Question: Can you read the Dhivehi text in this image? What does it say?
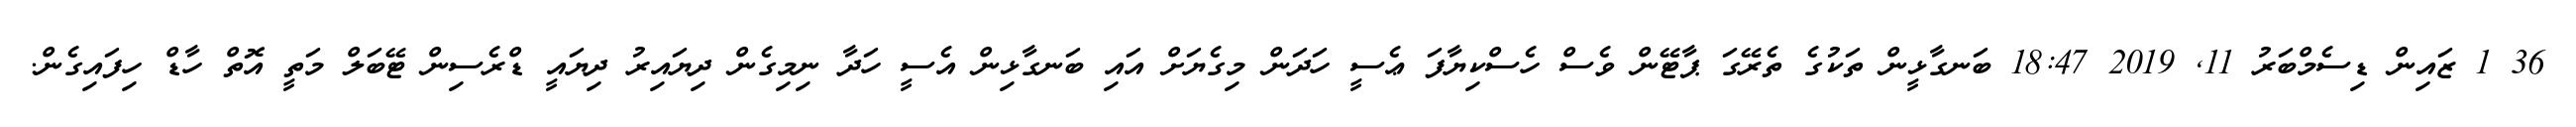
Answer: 36 1 ޒައިން ޑިސެމްބަރު 11, 2019 18:47 ބަނގާޅީން ތަކުގެ ތެރޭގަ ޕާޓޭން ވެސް ހެސްކިޔާފަ ޢެސީ ހަދަން މިގެޔަށް އައި ބަނގާޅިން އެސީ ހަދާ ނިމިގެން ދިޔައިރު ދިޔައީ ޑްރެސިން ޓޭބަލް މަތީ އޮތް ހާޑް ހިފައިގެން.